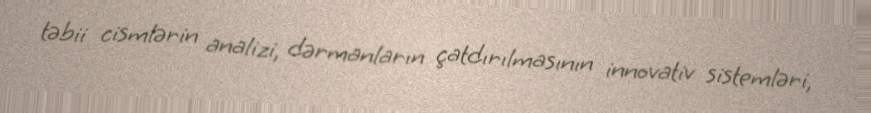
təbii cismlərin analizi, dərmanların çatdırılmasının innovativ sistemləri,